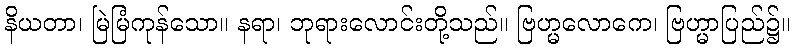
နိယတာ၊ မြဲမြံကုန်သော။ နရာ၊ ဘုရားလောင်းတို့သည်။ ဗြဟ္မလောကေ၊ ဗြဟ္မာပြည်၌။